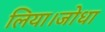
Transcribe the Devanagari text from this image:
लिया।जोधा